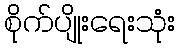
စိုက်ပျိုးရေးသုံး